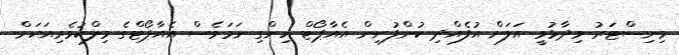
މިނިސްޓަރު ވިދާޅުވީ އަލަށް އުފެއްދި ކުންފުނިން އެއާޕޯޓް ހިންގި ނަމަވެސް އެއާޕޯޓްގެ މިލްކުވެރިއަކަށް